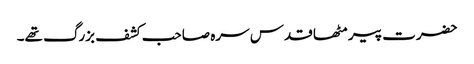
حضرت پیر مٹھا قدس سرہ صاحب کشف بزرگ تھے۔